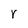
Character: r